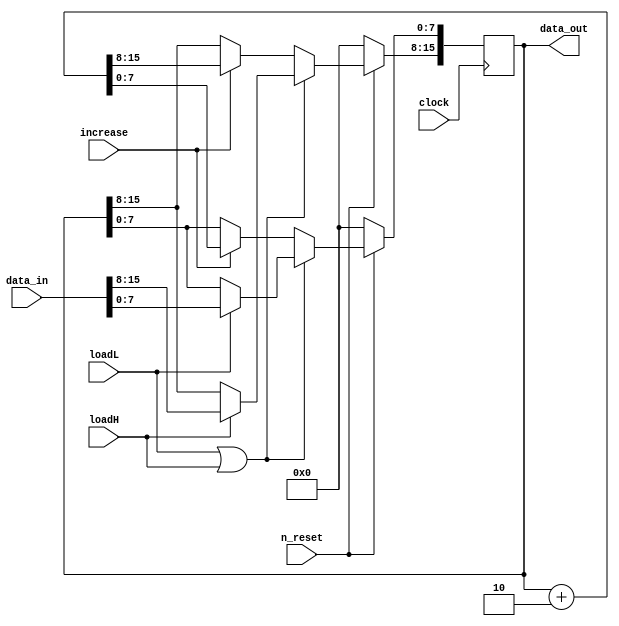
/****************** program_counter ***********************/
module program_counter (data_in, loadL, loadH, increase, clock, n_reset, data_out);
parameter databus_width = 16;
parameter dataWord_width = 8;

input [databus_width-1 : 0] data_in;
input loadL, loadH, increase;
input clock, n_reset;
output [databus_width-1 : 0] data_out;

reg [databus_width-1 : 0] data_internal;

assign data_out = data_internal;

always @ (posedge clock)
	begin
	if (n_reset == 0)
		data_internal <= 0;
	else
		begin
		if ((loadL == 1) || (loadH == 1))
			begin
				if (loadL == 1) data_internal[7:0] <= data_in[7:0];
				else data_internal[7:0] <= data_internal[7:0] ;
				
				if (loadH == 1) data_internal[15:8] <= data_in[15:8];
				else data_internal[15:8] <= data_internal[15:8];
			end
		else
			begin
			if (increase == 1)
				data_internal <= data_internal + 16'd2;
			else data_internal <= data_internal;
			end /* end else */
		end /* end else */

	end /* end always */
	
endmodule

/****************** status_reg ***************************/
module status_reg (data_in, load, clock, n_reset, data_out);
parameter bus_width = 8;

input [bus_width-1 : 0] data_in;
input load;
input clock, n_reset;
output [bus_width-1 : 0] data_out;

simple_reg_8b u0 (data_in, load, clock, n_reset, data_out);

endmodule

/****************** link_reg *****************************/
module linkReg (data_in, load, clock, n_reset, data_out);
parameter bus_width = 16;

input [bus_width-1 : 0] data_in;
input load;
input clock, n_reset;
output [bus_width-1 : 0] data_out;

simple_reg_8b uL (data_in[7:0], load, clock, n_reset, data_out[7:0]);
simple_reg_8b uH (data_in[15:8], load, clock, n_reset, data_out[15:8]);

endmodule

/****************** data_buffer **************************/
module data_buffer (data_in, load, clock, n_reset, data_out);
parameter bus_width = 8;

input [bus_width-1 : 0] data_in;
input load;
input clock, n_reset;
output [bus_width-1 : 0] data_out;

simple_reg_8b u0 (data_in, load, clock, n_reset, data_out);

endmodule

/****************** segReg **************************/
module segReg (data_in, load, clock, n_reset, data_out);
parameter bus_width = 8;

input [bus_width-1 : 0] data_in;
input load;
input clock, n_reset;
output [bus_width-1 : 0] data_out;

simple_reg_8b u0 (data_in, load, clock, n_reset, data_out);

endmodule

/****************** LEDH_reg *****************************/
module LEDH_reg (data_in, load, clock, n_reset, data_out);
parameter bus_width = 8;

input [bus_width-1 : 0] data_in;
input load;
input clock, n_reset;
output [bus_width-1 : 0] data_out;

simple_reg_8b u0 (data_in, load, clock, n_reset, data_out);

endmodule

/****************** LEDL_reg *****************************/
module LEDL_reg (data_in, load, clock, n_reset, data_out);
parameter bus_width = 8;

input [bus_width-1 : 0] data_in;
input load;
input clock, n_reset;
output [bus_width-1 : 0] data_out;

simple_reg_8b u0 (data_in, load, clock, n_reset, data_out);

endmodule

/****************** BtnH_reg *****************************/
module BtnH_reg (data_in, load, clock, n_reset, data_out);
parameter bus_width = 8;

input [bus_width-1 : 0] data_in;
input load;
input clock, n_reset;
output [bus_width-1 : 0] data_out;

simple_reg_8b u0 (data_in, load, clock, n_reset, data_out);

endmodule

/****************** BtnL_reg *****************************/
module BtnL_reg (data_in, load, clock, n_reset, data_out);
parameter bus_width = 8;

input [bus_width-1 : 0] data_in;
input load;
input clock, n_reset;
output [bus_width-1 : 0] data_out;

simple_reg_8b u0 (data_in, load, clock, n_reset, data_out);

endmodule

/****************** instruction_reg **********************/
module instruction_reg (data_in, load_H, load_L, clock, n_reset, data_out);
parameter bus_width = 16;

input [bus_width-1 : 0] data_in;
input load_H, load_L;
input clock, n_reset;
output reg [bus_width-1 : 0] data_out;

always @ (posedge clock)
begin
	if (n_reset == 0)
		data_out <= 0;
	else
	begin
		if (load_L == 1) data_out[7:0] <= data_in[7:0];
		else data_out[7:0] <= data_out[7:0] ;
		
		if (load_H == 1) data_out[15:8] <= data_in[15:8];
		else data_out[15:8] <= data_out[15:8];
	end

end

//simple_reg_8b uH ( data_in[bus_width-1 : bus_width-8], load_H, clock, n_reset, data_out[bus_width-1 : bus_width-8] );
//simple_reg_8b uL ( data_in[bus_width-9 : bus_width-16], load_L, clock, n_reset, data_out[bus_width-9 : bus_width-16] );

endmodule


/****************** simple_reg_8b *****************************/	
module simple_reg_8b (data_in, load, clock, n_reset, data_out);
parameter databus_width = 8;

input [databus_width-1 : 0] data_in;
input load;
input clock, n_reset;
output [databus_width-1 : 0] data_out;

reg [databus_width-1 : 0] data_out;

always @ (posedge clock)
	begin
	if (n_reset == 0)
		data_out = 0;
	else
		if (load == 1)
			data_out <= data_in;
		else
			data_out <= data_out;
	end

endmodule